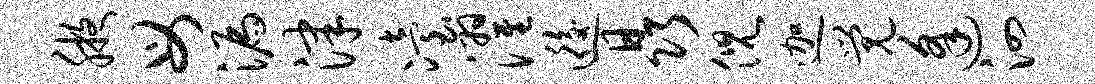
腋母漏津冶濯逅晶倪迦觉逢泗